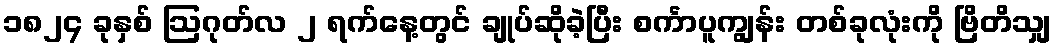
၁၈၂၄ ခုနှစ် ဩဂုတ်လ ၂ ရက်နေ့တွင် ချုပ်ဆိုခဲ့ပြီး စင်္ကာပူကျွန်း တစ်ခုလုံးကို ဗြိတိသျှ